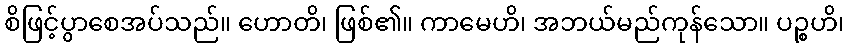
စိဖြင့်ပွာစေအပ်သည်။ ဟောတိ၊ ဖြစ်၏။ ကာမေဟိ၊ အဘယ်မည်ကုန်သော။ ပဉ္စဟိ၊